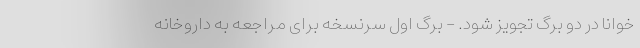
خوانا در دو برگ تجویز شود. - برگ اول سرنسخه برای مراجعه به داروخانه